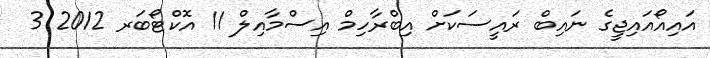
އައިއޯއައިޖީގެ ނައިބް ރައީސަކަށް އިބްރާހިމް އިސްމާއިލް 11 އޮކްޓޯބަރ 2012 3